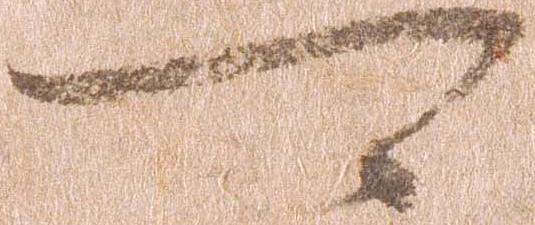
可